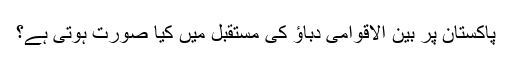
پاکستان پر بین الاقوامی دباؤ کی مستقبل میں کیا صورت ہوتی ہے؟